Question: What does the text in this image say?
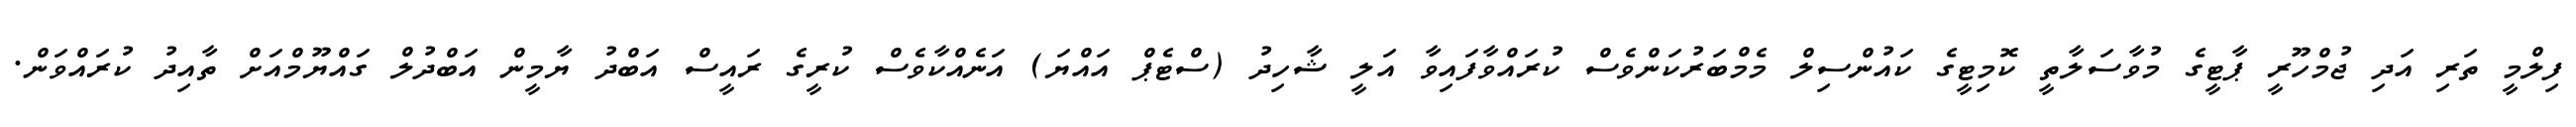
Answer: ފިލްމީ ތަރި އަދި ޖުމްހޫރީ ޕާޓީގެ މުވާސަލާތީ ކޮމިޓީގެ ކައުންސިލް މެމްބަރުކަންވެސް ކުރައްވާފައިވާ އަލީ ޝާހިދު (ސްޓެޕް އައްޔަ) އަނެއްކާވެސް ކުރީގެ ރައީސް އަބްދު ޔާމީން އަބްދުލް ގައްޔޫމްއަށް ތާއިދު ކުރައްވަން.